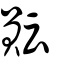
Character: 𧶊